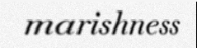
marishness